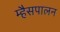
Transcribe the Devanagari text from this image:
म्हैसपालन